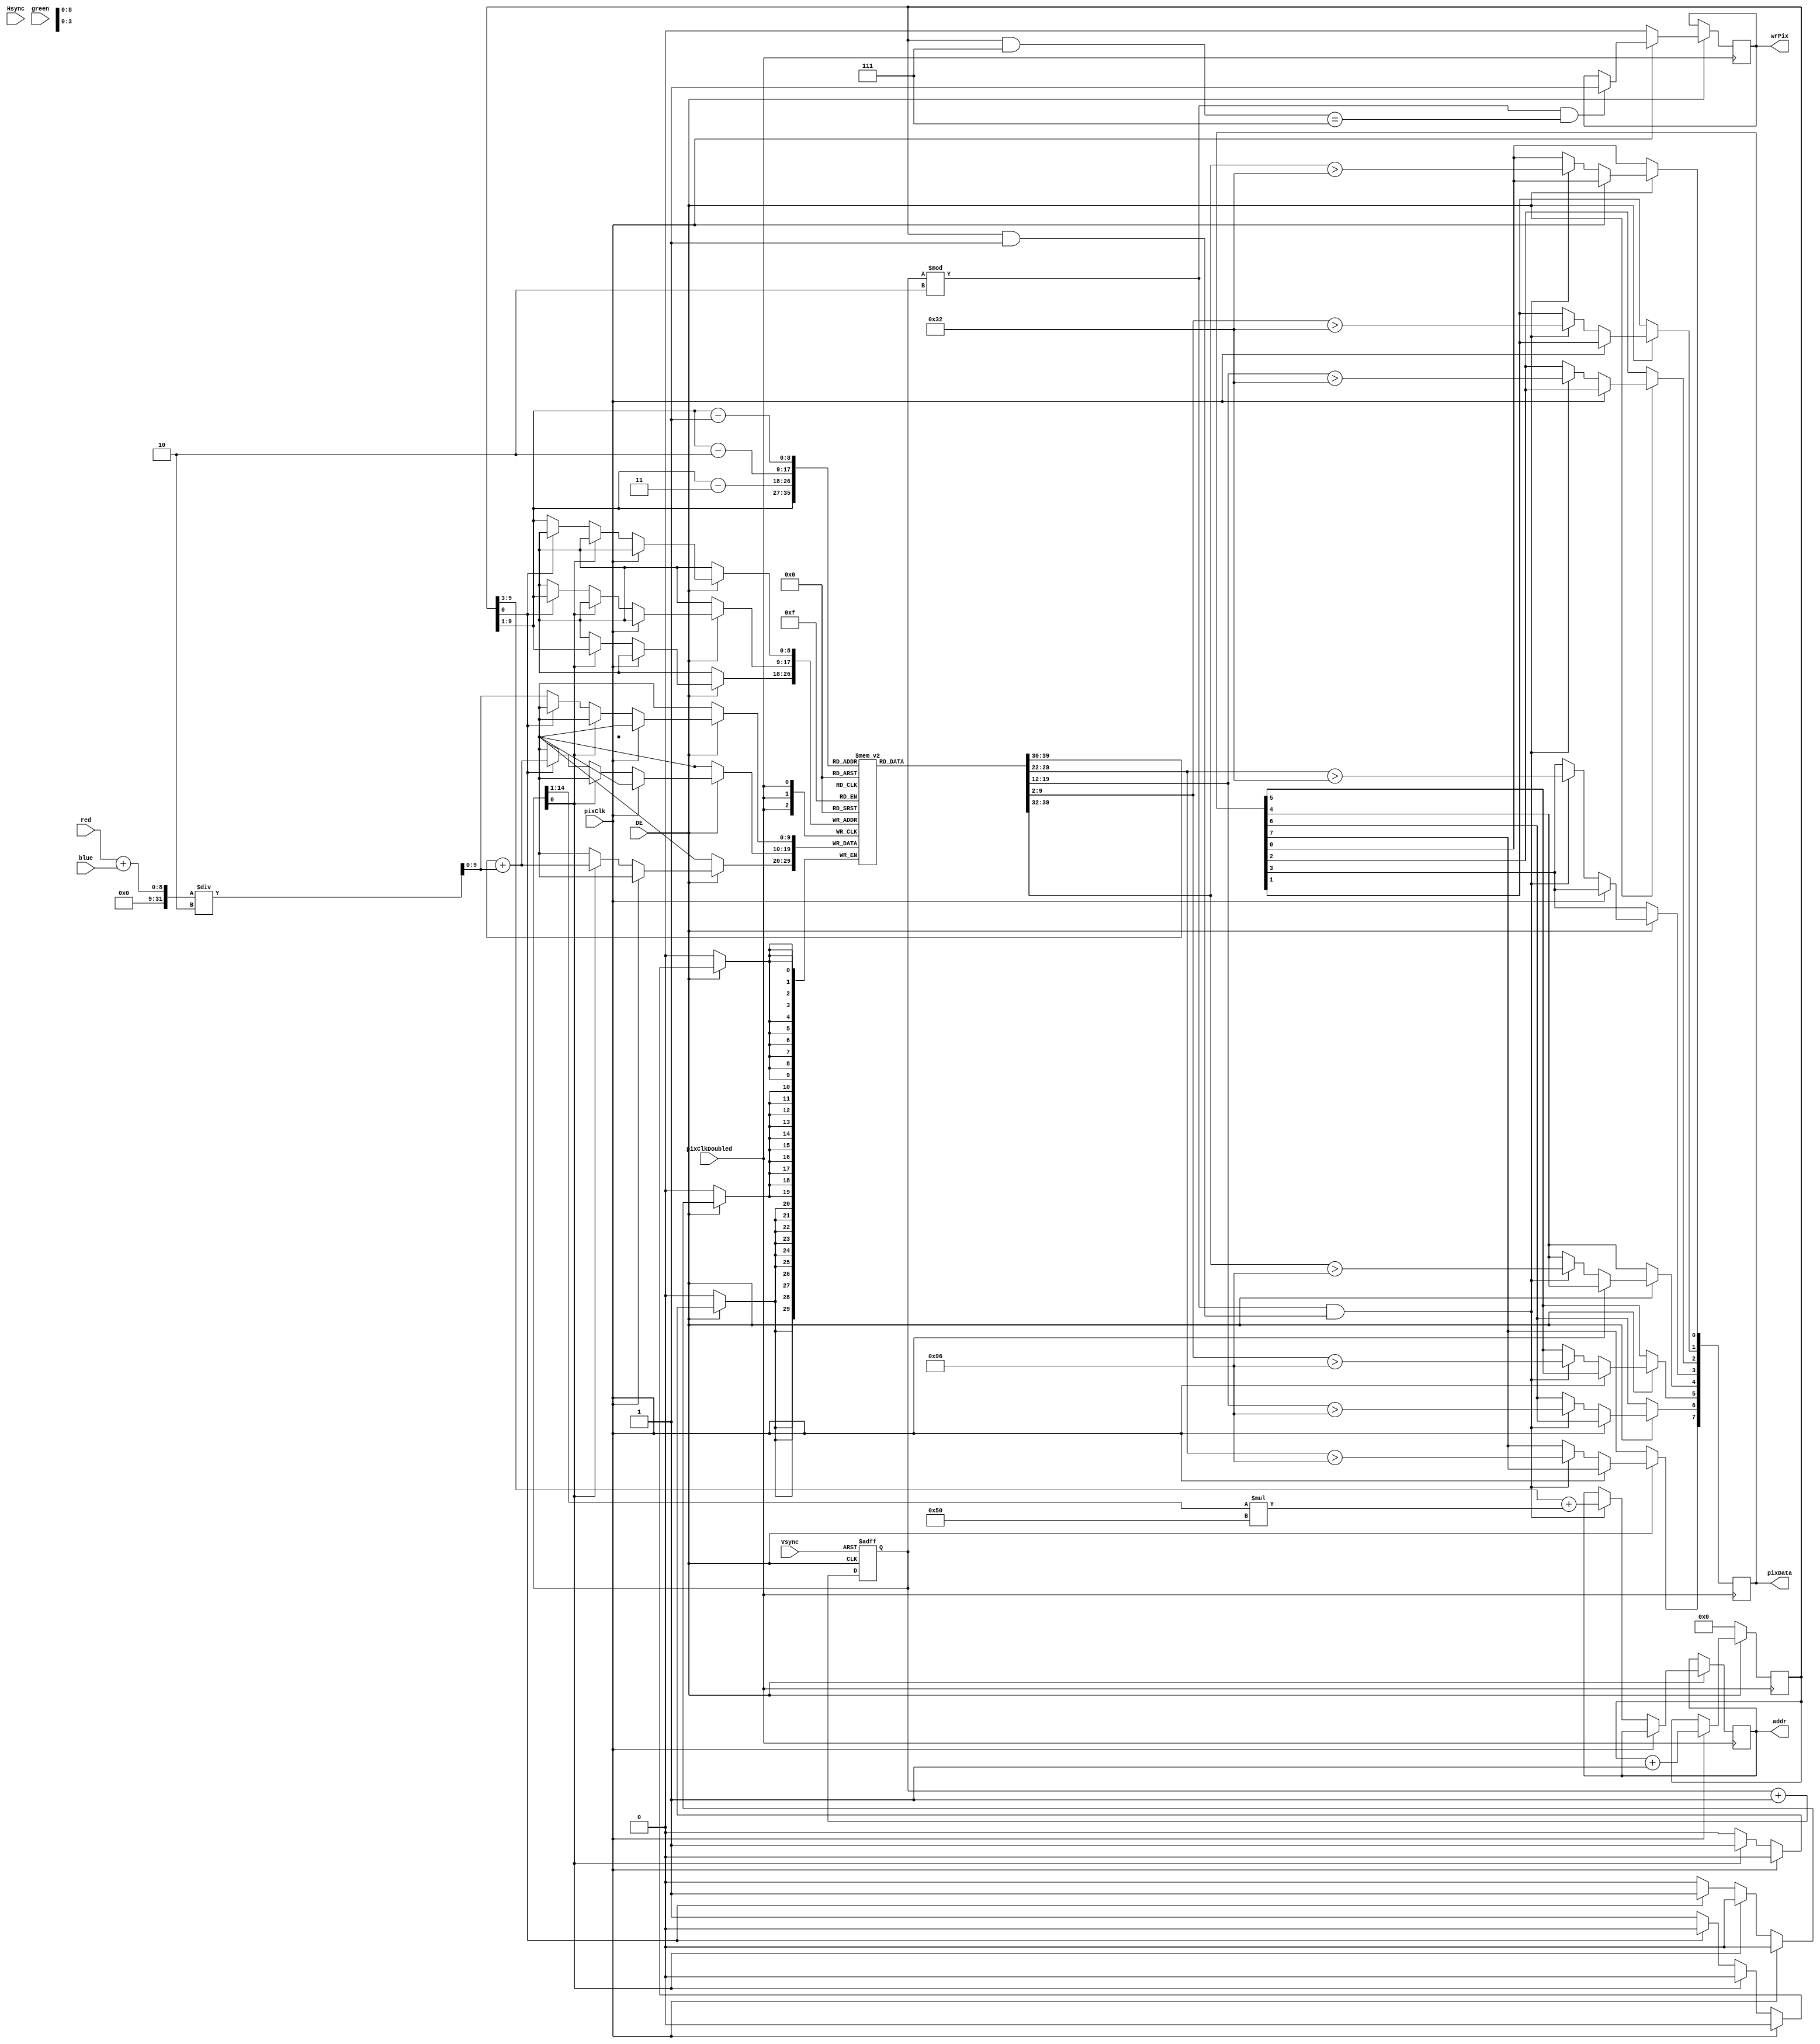
module input_proc_3 (DE, pixClk, pixClkDoubled, Vsync, Hsync, red, green, blue, addr, pixData, wrPix);

input [7:0] red, green, blue;
input DE, pixClk, pixClkDoubled, Vsync, Hsync;
output [14:0] addr;
output [7:0]  pixData;
output wrPix;

reg debug = 0;
reg [7:0]  pixData;
reg wrPix;
reg [9:0]  pixCounter;
reg [14:0] lineCounter;
reg [9:0] lineMem [0:320];
reg [14:0] addr;
wire [9:0] color;

//assign color[9:0] = (red + green + blue)/3;
assign color[9:0] = (red+blue) /2;

always @ (negedge pixClkDoubled) begin
	if (DE) begin
		if (pixClk) begin
			
		end else begin
			if (lineCounter[0]==0) begin
				if (pixCounter[0]==0) begin
					lineMem[pixCounter>>1] <= color;
				end else begin
					lineMem[pixCounter>>1] <= lineMem[pixCounter>>1] + color;
				end
			end else begin
				lineMem[pixCounter>>1] <= lineMem[pixCounter>>1] + color;
			end
			
		end
	end 
end

always @ (posedge pixClkDoubled) begin
	if (DE) begin
		if (pixClk) begin
			pixCounter <= pixCounter + 10'h0001;
			if( lineCounter%2 && ((pixCounter & 10'h0007) == 10'h0007) ) begin
				wrPix <= 1;
			end
		end else begin
			if( lineCounter%2 && (pixCounter & 10'h0007 == 10'h0007) ) begin
				pixData[3] <= (lineMem[(pixCounter>>1)-3] >>2) >10'd50;
				pixData[2] <= (lineMem[(pixCounter>>1)-2] >>2) >10'd50;
				pixData[1] <= (lineMem[(pixCounter>>1)-1] >>2) >10'd50;
				pixData[0] <= (lineMem[(pixCounter>>1)]   >>2) >10'd50;
				
				pixData[7] <= (lineMem[(pixCounter>>1)-3] >>2) >10'd150;
				pixData[6] <= (lineMem[(pixCounter>>1)-2] >>2) >10'd150;
				pixData[5] <= (lineMem[(pixCounter>>1)-1] >>2) >10'd150;
				pixData[4] <= (lineMem[(pixCounter>>1)]   >>2) >10'd150;
				
				addr <= (pixCounter>>3)+((lineCounter>>1)*15'h0050);
			end
			wrPix <= 0;
		end
	end else begin
		pixCounter <= 10'h0000;
	end
end

always @ (negedge Vsync or negedge DE) begin
	if (Vsync == 0) begin 
		lineCounter <= 0;
	end else begin
		lineCounter <= lineCounter +15'h0001;
	end

end

endmodule